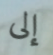
إلى